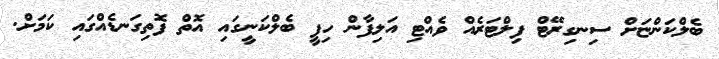
ބެލްކަންޏަށް ސިނގިރޭޓް ފިލްޓަރެއް ވެއްޓި އަލިފާން ހިފީ ބެލްކަނީގައި އޮތް ފޮތިގަނޑެއްގައި ކަމަށް.